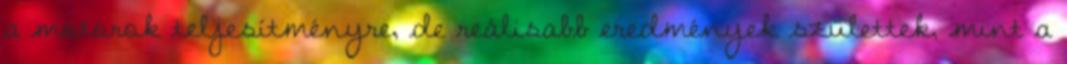
a motorok teljesítményre, de reálisabb eredmények születtek, mint a